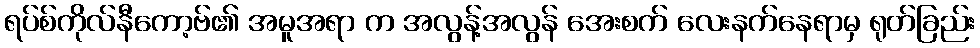
ရပ်စ်ကိုလ်နီကော့ဗ်၏ အမူအရာ က အလွန့်အလွန် အေးစက် လေးနက်နေရာမှ ရုတ်ခြည်း